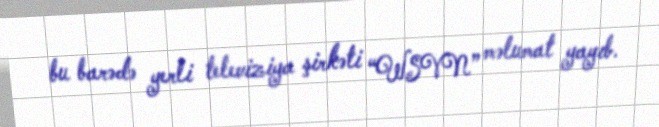
bu barədə yerli televiziya şirkəti “WSVN” məlumat yayıb.